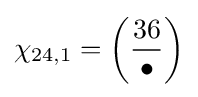
\chi _{24,1}=\left({\frac {36}{\bullet }}\right)